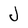
Character: J